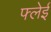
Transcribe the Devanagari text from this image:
फ्लेई